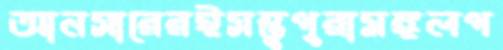
আনসারেরইসম্ভুপুরামঙ্গলপ